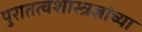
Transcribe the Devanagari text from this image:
पुरातत्वशास्त्रज्ञांच्या